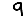
Digit: 9